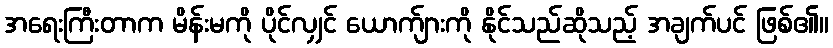
အရေးကြီးတာက မိန်းမကို ပိုင်လျှင် ယောက်ျားကို နိုင်သည်ဆိုသည့် အချက်ပင် ဖြစ်၏။